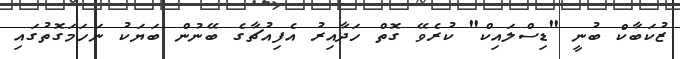
ޒުކަބާކް ބުނީ "ޑިސްލައިކް" ކުރެވޭ ގޮތް ހަދާއިރު އެފިއުޗާގެ ބޭނުން ބަޔަކު ނަހަމަގޮތުގައި